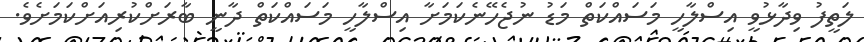
ލަތީފު ވިދާޅުވީ އިސްލާހީ މަސައްކަތް މަޑު ނުޖެހޭނެކަމަށާ އިސްލާހީ މަސައްކަތް ދާނީ ބާރަށްކުރިއަށްކަމަށެވެ.